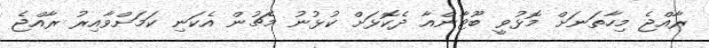
ރާއްޖެ މިހާތަނަށް މޮޅުވީ ބޫޓާންއާ ދެކޮޅަށް ކުޅުނު މެޗުން އެކަނި ކަމަށްވާއިރު ރާއްޖެ